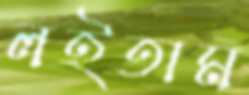
লইতাম